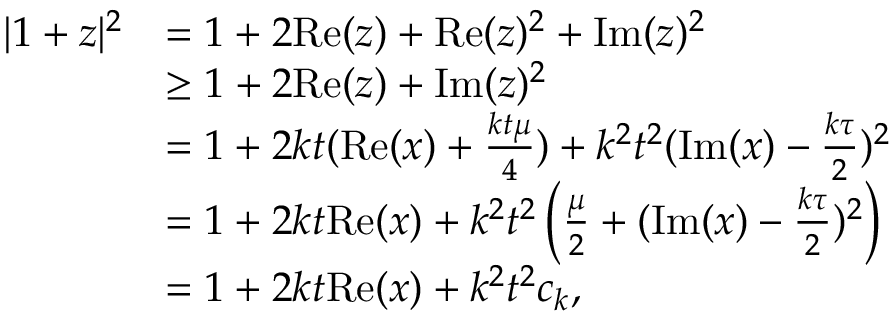
\begin{array} { r l } { | 1 + z | ^ { 2 } } & { = 1 + 2 \mathrm { R e } ( z ) + \mathrm { R e } ( z ) ^ { 2 } + \mathrm { I m } ( z ) ^ { 2 } } \\ & { \geq 1 + 2 \mathrm { R e } ( z ) + \mathrm { I m } ( z ) ^ { 2 } } \\ & { = 1 + 2 k t ( \mathrm { R e } ( x ) + \frac { k t \mu } { 4 } ) + k ^ { 2 } t ^ { 2 } ( \mathrm { I m } ( x ) - \frac { k \tau } { 2 } ) ^ { 2 } } \\ & { = 1 + 2 k t \mathrm { R e } ( x ) + k ^ { 2 } t ^ { 2 } \left( \frac { \mu } { 2 } + ( \mathrm { I m } ( x ) - \frac { k \tau } { 2 } ) ^ { 2 } \right) } \\ & { = 1 + 2 k t \mathrm { R e } ( x ) + k ^ { 2 } t ^ { 2 } c _ { k } , } \end{array}